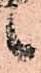
候